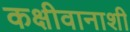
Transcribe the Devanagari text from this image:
कक्षीवानाशी